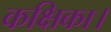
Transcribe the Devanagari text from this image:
कक्षिका।